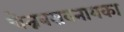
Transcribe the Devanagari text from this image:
चेन्नबसवनायका